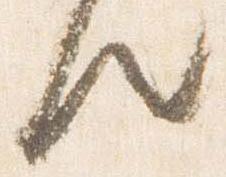
候